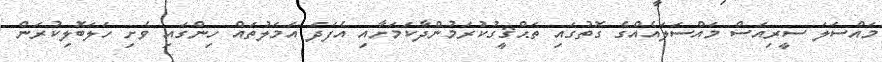
މައްސަލަ ސީރިއަސް މައްސަލައެއްގެ ގޮތުގައި ތަޙްޤީގުކުރަމުންދާކަމަށާއި އެފަދަ އަމަލުތައް ހިންގައި ވެށި ހަލަބޮލިކުރަން